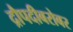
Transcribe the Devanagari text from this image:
द्रौपदीबरोबर